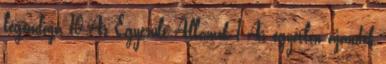
legendája 10 Az Egyesült Államok 1 Az egyetlen ajándék